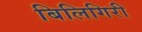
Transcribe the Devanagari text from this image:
बिलिगिरी